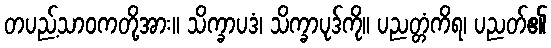
တပည့်သာဝကတို့အား။ သိက္ခာပဒံ၊ သိက္ခာပုဒ်ကို။ ပညတ္တံကိရ၊ ပညတ်၏